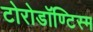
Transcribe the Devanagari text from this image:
टोरोडॉण्टिस्म